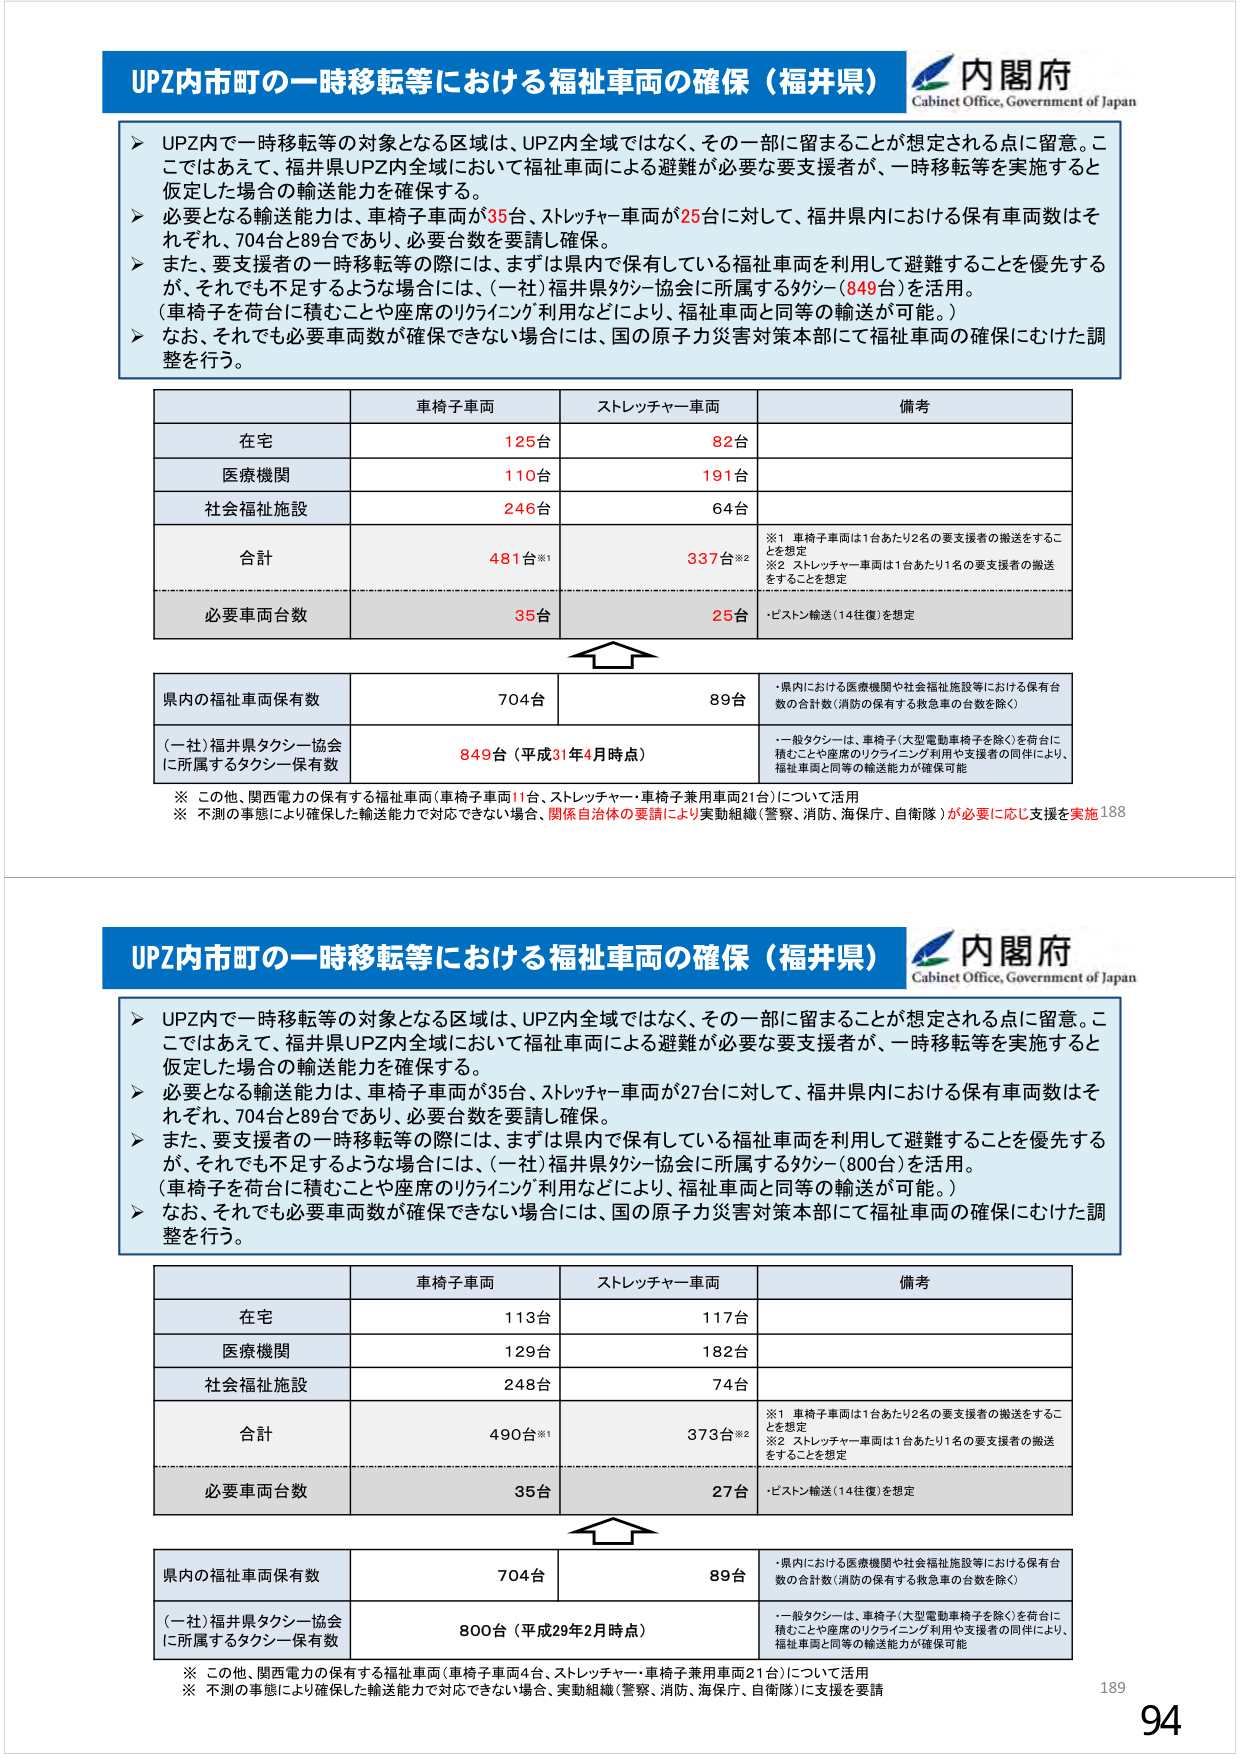
UPZ内市町の一時移転等における福祉車両の確保（福井県）
内閣府
Cabinet Office, Government of Japan

➤ UPZ内で一時移転等の対象となる区域は、UPZ内全域ではなく、その一部に留まることが想定される点に留意。ここではあえて、福井県UPZ内全域において福祉車両による避難が必要な要支援者が、一時移転等を実施すると仮定した場合の輸送能力を確保する。
➤ 必要となる輸送能力は、車椅子車両が35台、ストレッチャー車両が25台に対して、福井県内における保有車両数はそれぞれ、704台と89台であり、必要台数を要請し確保。
➤ また、要支援者の一時移転等の際には、まずは県内で保有している福祉車両を利用して避難することを優先するが、それでも不足するような場合には、（一社）福井県タクシー協会に所属するタクシー（849台）を活用。
（車椅子を荷台に積むことや座席のリクライニング利用などにより、福祉車両と同等の輸送が可能。）
➤ なお、それでも必要車両数が確保できない場合には、国の原子力災害対策本部にて福祉車両の確保にむけた調整を行う。

車椅子車両　　ストレッチャー車両　　備考
在宅　　　　　125台　　　　　　82台
医療機関　　　110台　　　　　　191台
社会福祉施設　246台　　　　　　64台
合計　　　　　481台※1　　　　337台※2
必要車両台数　35台　　　　　　25台

※1 車椅子車両は1台あたり2名の要支援者の搬送をすることを想定
※2 ストレッチャー車両は1台あたり1名の要支援者の搬送をすることを想定
・ピストン輸送（14往復）を想定

県内の福祉車両保有数　　　　　　　704台　　　　　　89台
・県内における医療機関や社会福祉施設等における保有台数の合計数（消防の保有する救急車の台数を除く）

（一社）福井県タクシー協会
に所属するタクシー保有数　　　　　849台（平成31年4月時点）
・一般タクシーは、車椅子（大型電動車椅子を除く）を荷台に積むことや座席のリクライニング利用や支援者の同伴により、福祉車両と同等の輸送能力が確保可能

※ この他、関西電力の保有する福祉車両（車椅子車両11台、ストレッチャー・車椅子兼用車両21台）について活用
※ 不測の事態により確保した輸送能力で対応できない場合、関係自治体の要請により実動組織（警察、消防、海保、自衛隊）が必要に応じ支援を実施188

UPZ内市町の一時移転等における福祉車両の確保（福井県）
内閣府
Cabinet Office, Government of Japan

➤ UPZ内で一時移転等の対象となる区域は、UPZ内全域ではなく、その一部に留まることが想定される点に留意。ここではあえて、福井県UPZ内全域において福祉車両による避難が必要な要支援者が、一時移転等を実施すると仮定した場合の輸送能力を確保する。
➤ 必要となる輸送能力は、車椅子車両が35台、ストレッチャー車両が27台に対して、福井県内における保有車両数はそれぞれ、704台と89台であり、必要台数を要請し確保。
➤ また、要支援者の一時移転等の際には、まずは県内で保有している福祉車両を利用して避難することを優先するが、それでも不足するような場合には、（一社）福井県タクシー協会に所属するタクシー（800台）を活用。
（車椅子を荷台に積むことや座席のリクライニング利用などにより、福祉車両と同等の輸送が可能。）
➤ なお、それでも必要車両数が確保できない場合には、国の原子力災害対策本部にて福祉車両の確保にむけた調整を行う。

車椅子車両　　ストレッチャー車両　　備考
在宅　　　　　113台　　　　　　117台
医療機関　　　129台　　　　　　182台
社会福祉施設　248台　　　　　　74台
合計　　　　　490台※1　　　　373台※2
必要車両台数　35台　　　　　　27台

※1 車椅子車両は1台あたり2名の要支援者の搬送をすることを想定
※2 ストレッチャー車両は1台あたり1名の要支援者の搬送をすることを想定
・ピストン輸送（14往復）を想定

県内の福祉車両保有数　　　　　　　704台　　　　　　89台
・県内における医療機関や社会福祉施設等における保有台数の合計数（消防の保有する救急車の台数を除く）

（一社）福井県タクシー協会
に所属するタクシー保有数　　　　　800台（平成29年2月時点）
・一般タクシーは、車椅子（大型電動車椅子を除く）を荷台に積むことや座席のリクライニング利用や支援者の同伴により、福祉車両と同等の輸送能力が確保可能

※ この他、関西電力の保有する福祉車両（車椅子車両4台、ストレッチャー・車椅子兼用車両21台）について活用
※ 不測の事態により確保した輸送能力で対応できない場合、実動組織（警察、消防、海保、自衛隊）に支援を要請

189
94